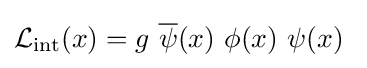
{\mathcal {L}}_{\mathrm {int} }(x)=g~{\overline {\psi }}(x)~\phi (x)~\psi (x)~